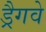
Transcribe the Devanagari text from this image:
ड्रैगवे